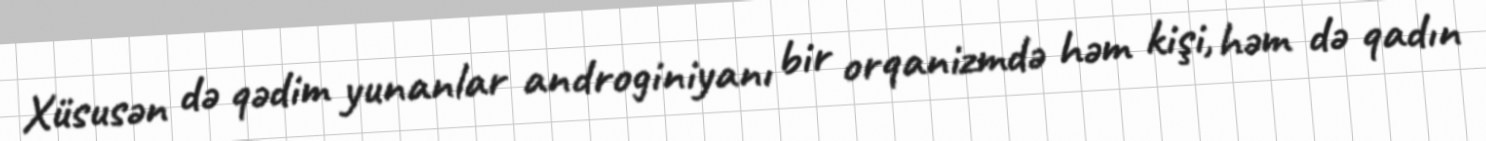
Xüsusən də qədim yunanlar androginiyanı bir orqanizmdə həm kişi, həm də qadın